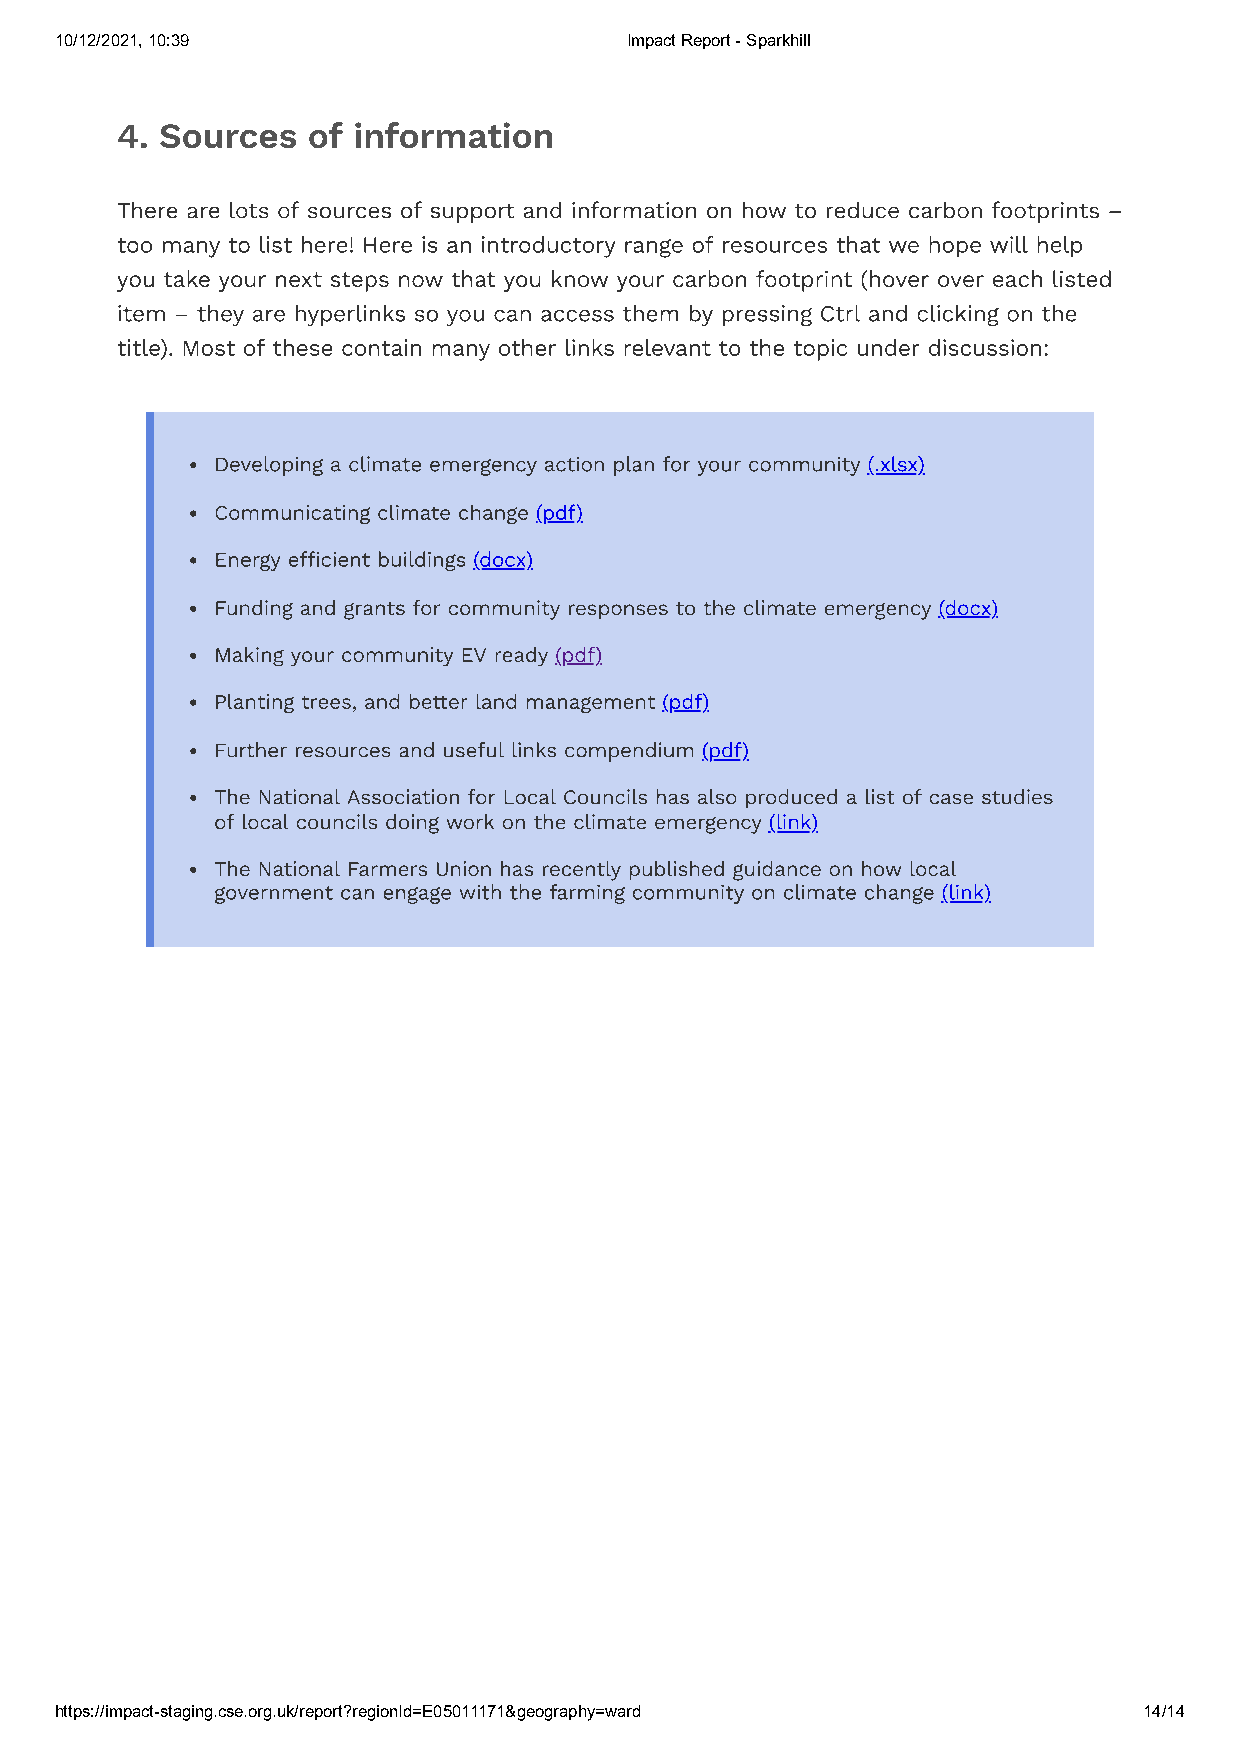
10/12/2021, 10:39                    Impact Report - Sparkhill
 4. Sources  of information
 There are lots of sources of support and information on how to reduce carbon footprints –
 too many to list here! Here is an introductory range of resources that we hope will help
 you take your next steps now that you know your carbon footprint (hover over each listed
 item – they are hyperlinks so you can access them by pressing Ctrl and clicking on the
 title). Most of these contain many other links relevant to the topic under discussion:
 Developing a climate emergency action plan for your community (.xlsx)
 Communicating climate change (pdf)
 Energy efficient buildings (docx)
 Funding and grants for community responses to the climate emergency (docx)
 Making your community EV ready (pdf)
 Planting trees, and better land management (pdf)
 Further resources and useful links compendium (pdf)
 The National Association for Local Councils has also produced a list of case studies
 of local councils doing work on the climate emergency (link)
 The National Farmers Union has recently published guidance on how local
 government can engage with the farming community on climate change (link)
 https://impact-staging.cse.org.uk/report?regionId=E05011171&geography=ward 14/14